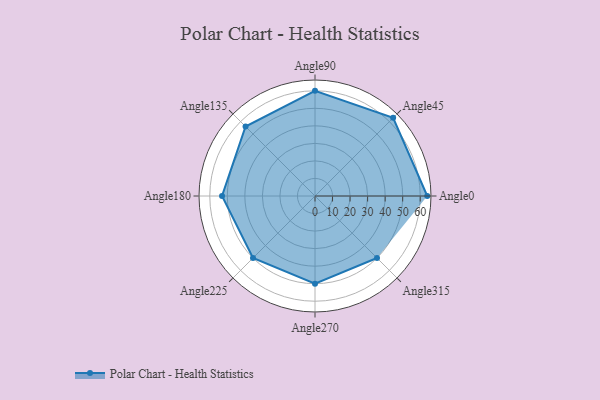
{"axis": {"x": "Angle", "y": "Radius"}, "legend": [""], "data": [{"x": "Angle0", "y": 64.0, "type": ""}, {"x": "Angle45", "y": 63.0, "type": ""}, {"x": "Angle90", "y": 60.0, "type": ""}, {"x": "Angle135", "y": 56.0, "type": ""}, {"x": "Angle180", "y": 53.0, "type": ""}, {"x": "Angle225", "y": 50.0, "type": ""}, {"x": "Angle270", "y": 50, "type": ""}, {"x": "Angle315", "y": 50, "type": ""}]}